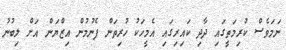
ނަމަވެސް ކުރިމަތީގައި ދާދި ކައިރިގައި އެމީހަކު ހުރިތަން ފެނުމުން އިޒްޔަން އަށް ލިބުނު